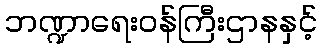
ဘဏ္ဍာရေးဝန်ကြီးဌာနနှင့်